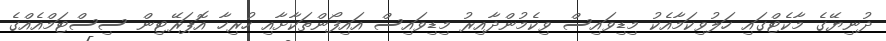
ދުނިޔޭގެ މާކެޓްގައި ހަލުވިކަމާއެކު މިޑިވައިސް ވިކެމުންދާއިރު މިޑިވައިސް އައިފޯންތަކާށާއި ހުރިހާ އޮޕަރޭޓިން ސިސްޓަމްއެއްގެ